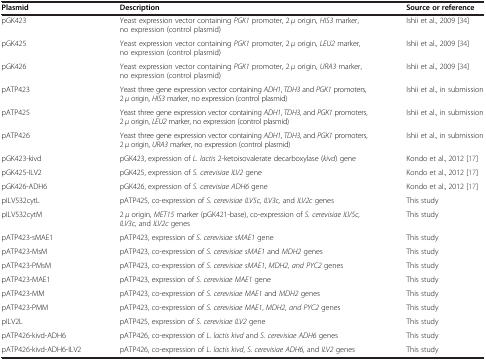
<table><thead><tr><td><b>Plasmid</b></td><td><b>Description</b></td><td><b>Source or reference</b></td></tr></thead><tbody><tr><td>pGK423</td><td>Yeast expression vector containing <i>PGK1</i> promoter, 2 <i>μ</i> origin, <i>HIS3</i> marker, no expression (control plasmid)</td><td>Ishii et al., 2009 [34]</td></tr><tr><td>pGK425</td><td>Yeast expression vector containing <i>PGK1</i> promoter, 2 <i>μ</i> origin, <i>LEU2</i> marker, no expression (control plasmid)</td><td>Ishii et al., 2009 [34]</td></tr><tr><td>pGK426</td><td>Yeast expression vector containing <i>PGK1</i> promoter, 2 <i>μ</i> origin, <i>URA3</i> marker, no expression (control plasmid)</td><td>Ishii et al., 2009 [34]</td></tr><tr><td>pATP423</td><td>Yeast three gene expression vector containing <i>ADH1</i>, <i>TDH3</i> and <i>PGK1</i> promoters, 2 <i>μ</i> origin, <i>HIS3</i> marker, no expression (control plasmid)</td><td>Ishii et al., in submission</td></tr><tr><td>pATP425</td><td>Yeast three gene expression vector containing <i>ADH1</i>, <i>TDH3</i>, and <i>PGK1</i> promoters, 2 <i>μ</i> origin, <i>LEU2</i> marker, no expression (control plasmid)</td><td>Ishii et al., in submission</td></tr><tr><td>pATP426</td><td>Yeast three gene expression vector containing <i>ADH1</i>, <i>TDH3</i>, and <i>PGK1</i> promoters, 2 <i>μ</i> origin, <i>URA3</i> marker, no expression (control plasmid)</td><td>Ishii et al., in submission</td></tr><tr><td>pGK423-kivd</td><td>pGK423, expression of <i>L. lactis</i> 2-ketoisovalerate decarboxylase (<i>kivd</i>) gene</td><td>Kondo et al., 2012 [17]</td></tr><tr><td>pGK425-ILV2</td><td>pGK425, expression of <i>S. cerevisiae ILV2</i> gene</td><td>Kondo et al., 2012 [17]</td></tr><tr><td>pGK426-ADH6</td><td>pGK426, expression of <i>S. cerevisiae ADH6</i> gene</td><td>Kondo et al., 2012 [17]</td></tr><tr><td>pILV532cytL</td><td>pATP425, co-expression of <i>S. cerevisiae ILV5c, ILV3c,</i> and <i>ILV2c</i> genes</td><td>This study</td></tr><tr><td>pILV532cytM</td><td>2 <i>μ</i> origin, <i>MET15</i> marker (pGK421-base), co-expression of <i>S. cerevisiae ILV5c, ILV3c,</i> and <i>ILV2c</i> genes</td><td>This study</td></tr><tr><td>pATP423-sMAE1</td><td>pATP423, expression of <i>S. cerevisiae sMAE1</i> gene</td><td>This study</td></tr><tr><td>pATP423-MsM</td><td>pATP423, co-expression of <i>S. cerevisiae sMAE1</i> and <i>MDH2</i> genes</td><td>This study</td></tr><tr><td>pATP423-PMsM</td><td>pATP423, co-expression of <i>S. cerevisiae sMAE1</i>, <i>MDH2, and PYC2</i> genes</td><td>This study</td></tr><tr><td>pATP423-MAE1</td><td>pATP423, expression of <i>S. cerevisiae MAE1</i> gene</td><td>This study</td></tr><tr><td>pATP423-MM</td><td>pATP423, co-expression of <i>S. cerevisiae MAE1</i> and <i>MDH2</i> genes</td><td>This study</td></tr><tr><td>pATP423-PMM</td><td>pATP423, co-expression of <i>S. cerevisiae MAE1</i>, <i>MDH2, and PYC2</i> genes</td><td>This study</td></tr><tr><td>pILV2L</td><td>pATP425, expression of <i>S. cerevisiae ILV2</i> gene</td><td>This study</td></tr><tr><td>pATP426-kivd-ADH6</td><td>pATP426, co-expression of <i>L. lactis kivd</i> and <i>S. cerevisiae ADH6</i> genes</td><td>This study</td></tr><tr><td>pATP426-kivd-ADH6-ILV2</td><td>pATP426, co-expression of <i>L. lactis kivd</i>, <i>S. cerevisiae ADH6,</i> and <i>ILV2</i> genes</td><td>This study</td></tr></tbody></table>